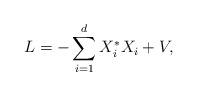
LaTeX: \begin{align*}L=-\sum_{i=1}^d X_i^* X_i+V,\end{align*}